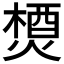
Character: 𤍕